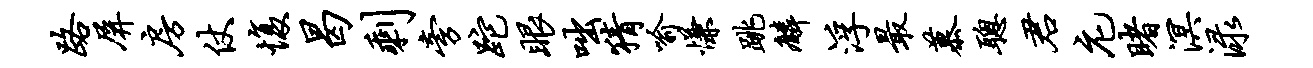
路屏房仗愎曷剩旁跎眼咄猜喻慊跳麟浮最慕聪君庀睹溟渌